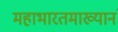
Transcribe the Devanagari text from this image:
महाभारतमाख्यानं